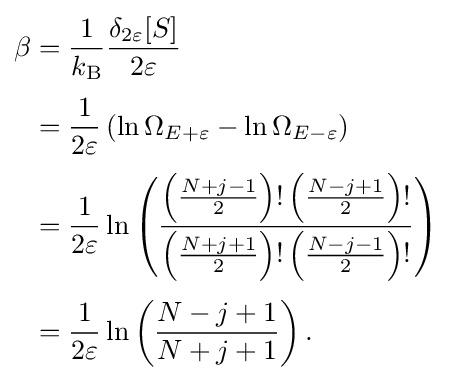
{\begin{aligned}\beta &={\frac {1}{k_{\mathrm {B} }}}{\frac {\delta _{2\varepsilon }[S]}{2\varepsilon }}\\[3pt]&={\frac {1}{2\varepsilon }}\left(\ln \Omega _{E+\varepsilon }-\ln \Omega _{E-\varepsilon }\right)\\[3pt]&={\frac {1}{2\varepsilon }}\ln \left({\frac {\left({\frac {N+j-1}{2}}\right)!\left({\frac {N-j+1}{2}}\right)!}{\left({\frac {N+j+1}{2}}\right)!\left({\frac {N-j-1}{2}}\right)!}}\right)\\[3pt]&={\frac {1}{2\varepsilon }}\ln \left({\frac {N-j+1}{N+j+1}}\right).\end{aligned}}